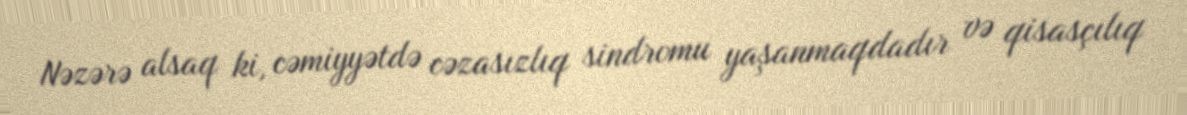
Nəzərə alsaq ki, cəmiyyətdə cəzasızlıq sindromu yaşanmaqdadır və qisasçılıq